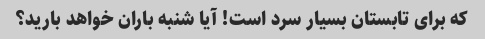
که برای تابستان بسیار سرد است! آیا شنبه باران خواهد بارید؟